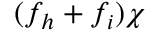
( f _ { h } + f _ { i } ) \chi